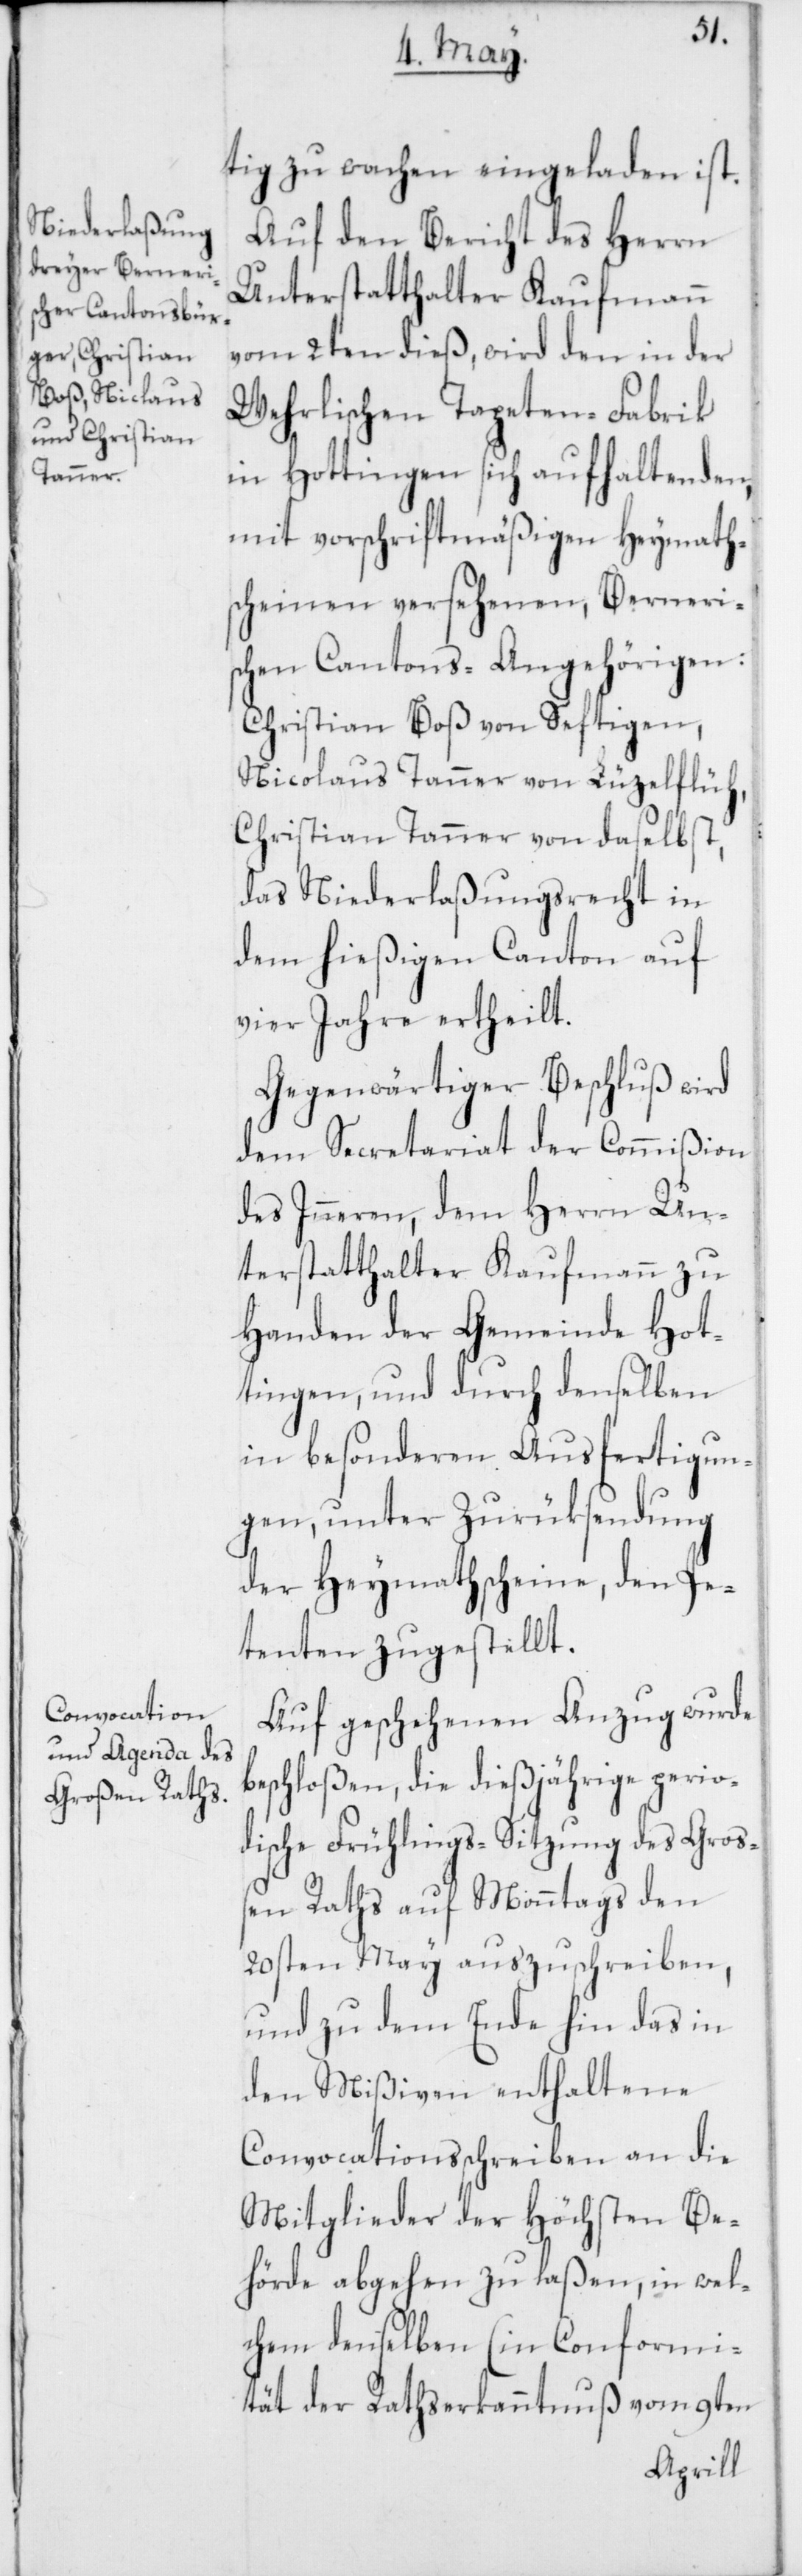
tig zu wachen eingeladen ist.
Auf den Bericht des Herrn
Unterstatthalter Kaufmann
vom 2ten dieß, wird den in der
Wehrlischen Tapeten-Fabrik
in Hottingen sich aufhaltenden,
mit vorschriftsmäßigen Heymath¬
scheinen versehenen, Berneri¬
schen Cantons-Angehörigen:
Christian Boß von Seftigen,
Nicolaus Tanner von Lüzelflüh,
Christian Tanner von daselbst,
das Niederlaßungsrecht in
dem hießigen Canton auf
vier Jahre ertheilt.
Gegenwärtiger Beschluß wird
dem Secretariat der Commißion
des Inneren, dem Herrn Un¬
terstatthalter Kaufmann zu
Handen der Gemeinde Hot¬
tingen, und durch denselben
in besonderen Ausfertigun¬
gen, unter Zurüksendung
der Heymathscheine, den Pe¬
tenten zugestellt.
Auf geschehenen Anzug wurde
beschloßen, die dießjährige perio¬
dische Frühlings-Sitzung des Groß¬
en Raths auf Monntags den
20sten May auszuschreiben,
und zu dem Ende hin das in
den Mißiven enthaltene
Convocationsschreiben an die
Mitglieder der Höchsten Be¬
hörde abgehen zu laßen, in wel¬
chem denselben (in Conformi¬
tät der Rathserkanntnuß vom 9ten